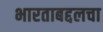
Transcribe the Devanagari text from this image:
भारताबद्दलचा